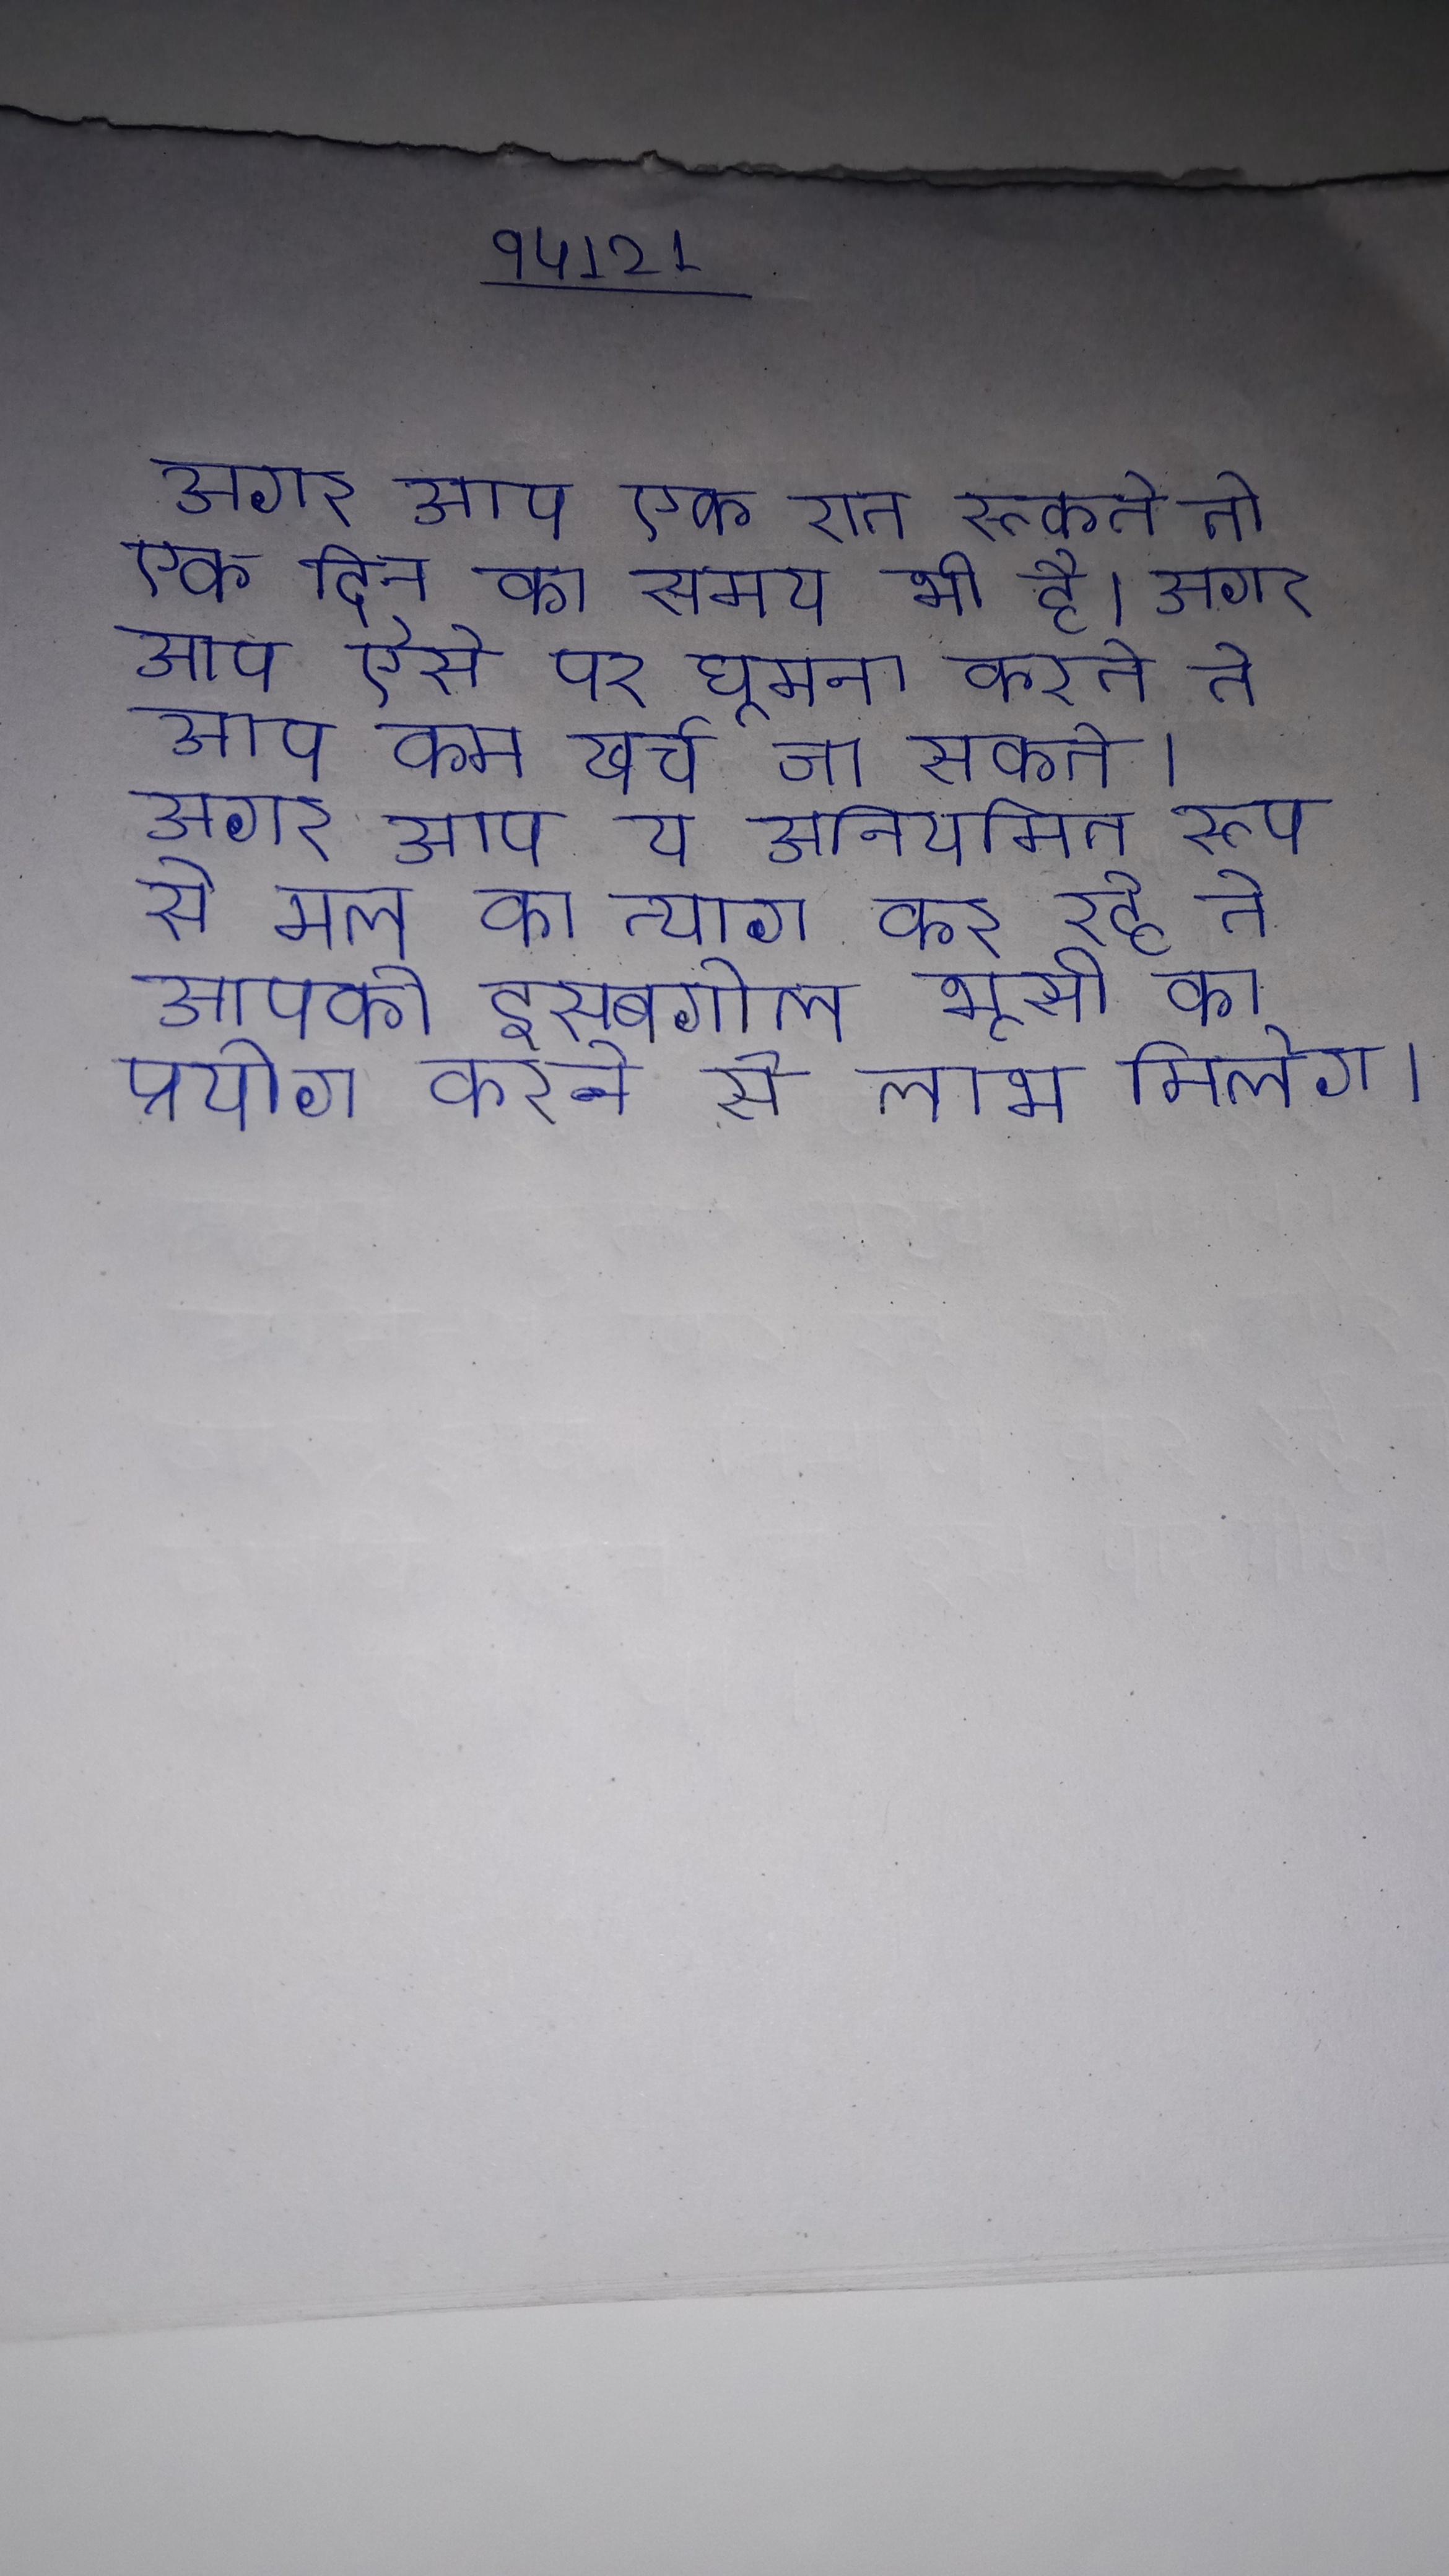
अगर आप एक रात रूकते तो एक दिन का समय भी है । अगर आप ऐसे पर घूमना करते तो आप कम खर्च जा सकते । अगर आप या अनियमित रूप से मल का त्याग कर रहे तो आपको इसबगोल भूसी का प्रयोग करने से लाभ मिलेगा ।